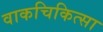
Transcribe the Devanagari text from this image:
वाकचिकित्सा